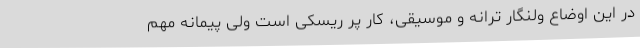
در این اوضاع ولنگار ترانه و موسیقی، کار پر ریسکی است ولی پیمانه مهم